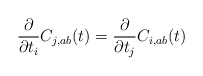
\begin{align*}\frac{\partial}{\partial t_i} C_{j,ab}(t)=\frac{\partial}{\partial t_j}C_{i,ab}(t)\end{align*}